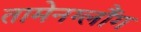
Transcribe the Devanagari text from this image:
तामेनग्लौंग